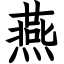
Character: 燕